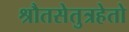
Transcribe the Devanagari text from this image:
श्रौतसेतुत्रहेतो